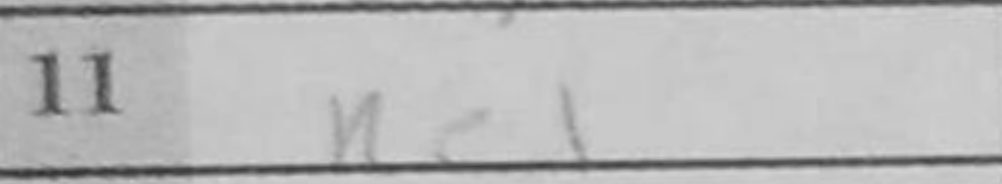
Transcription: Re1